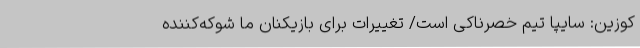
کوزین: سایپا تیم خصرناکی است/ تغییرات برای بازیکنان ما شوکه‌کننده